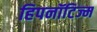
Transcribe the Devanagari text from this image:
हिपनॉटिज्म